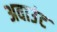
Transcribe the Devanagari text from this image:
अवाउंट